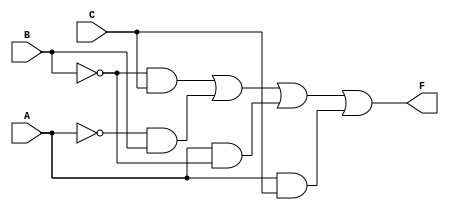
module simplified_logic (
    input wire A,  // Input A
    input wire B,  // Input B
    input wire C,  // Input C
    output wire F  // Output F
);

// Internal signals for intermediate calculations
wire not_A, not_B, and1, and2, and3, and4;

// Inverting inputs
not U1(not_A, A);  // NOT gate for A
not U2(not_B, B);  // NOT gate for B

// AND gates for each product term
and U3(and1, not_B, C); // B'C
and U4(and2, not_A, B); // A'B
and U5(and3, A, not_B); // AB'
and U6(and4, A, C);     // AC

// OR gate to combine product terms
or U7(F, and1, and2, and3, and4); // F = B'C + A'B + AB' + AC

endmodule